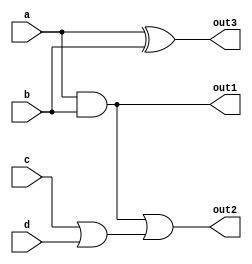
module combinational_logic (
    input wire a,       // Input signal a
    input wire b,       // Input signal b
    input wire c,       // Input signal c
    input wire d,       // Input signal d
    output wire out1,   // Output signal for AND function
    output wire out2,   // Output signal for OR function
    output wire out3    // Output signal for XOR function
);

// Shared logic
wire ab;              // Intermediate signal for AND
wire cd;              // Intermediate signal for OR

// Implement shared logic
assign ab = a & b;    // AND operation (shared)
assign cd = c | d;    // OR operation (shared)

// Final outputs using shared logic
assign out1 = ab;     // Output for AND function
assign out2 = ab | cd; // Output for OR function using shared AND
assign out3 = a ^ b;  // Output for XOR function (no shared logic)

// Additional logic can be added here as needed

endmodule